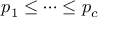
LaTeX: p _ { 1 } \leq \cdots \leq p _ { c }